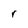
Character: r